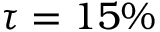
\tau = 1 5 \%